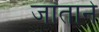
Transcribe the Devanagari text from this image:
जाताने